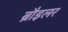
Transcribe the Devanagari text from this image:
ब्रौइलर